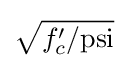
{\sqrt {f'_{c}/{\mbox{psi}}}}